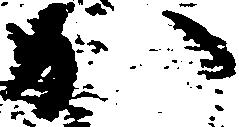
か